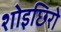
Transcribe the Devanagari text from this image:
शोइछिरो